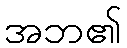
အဘ၏